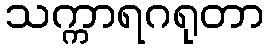
သက္ကာရဂရုတာ